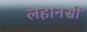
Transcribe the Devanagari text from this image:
लहानसी